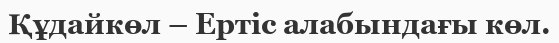
Құдайкөл – Ертіс алабындағы көл.